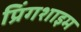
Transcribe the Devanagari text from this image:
प्रिंगशाइम